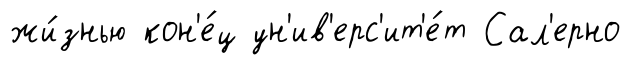
жи́знью кон'е́ц ун'ив'ерс'ит'е́т Сал'ерно